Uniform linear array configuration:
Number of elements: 48
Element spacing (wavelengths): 0.25
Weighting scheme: kaiser
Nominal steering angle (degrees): -60
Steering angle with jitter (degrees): -60.362
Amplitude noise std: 0.05
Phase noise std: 0.05

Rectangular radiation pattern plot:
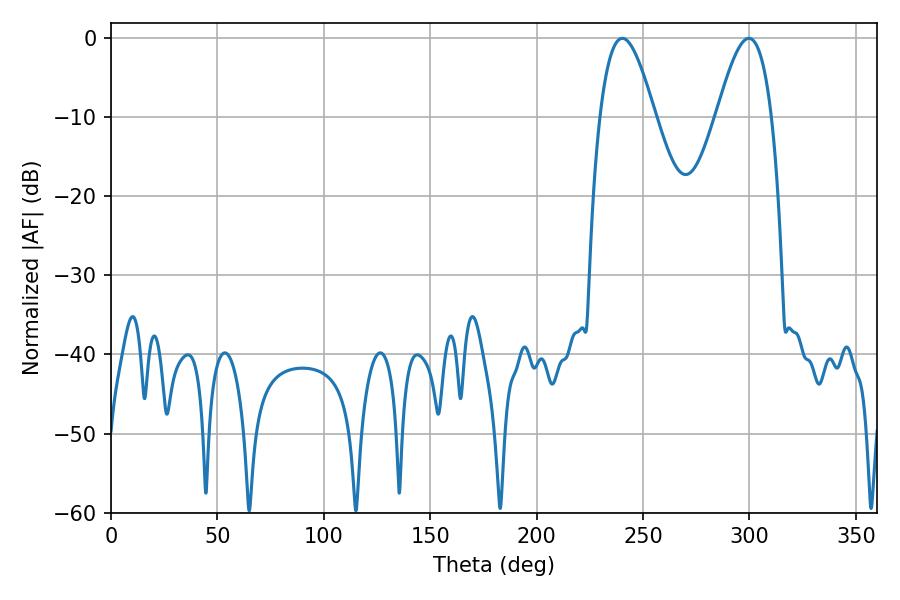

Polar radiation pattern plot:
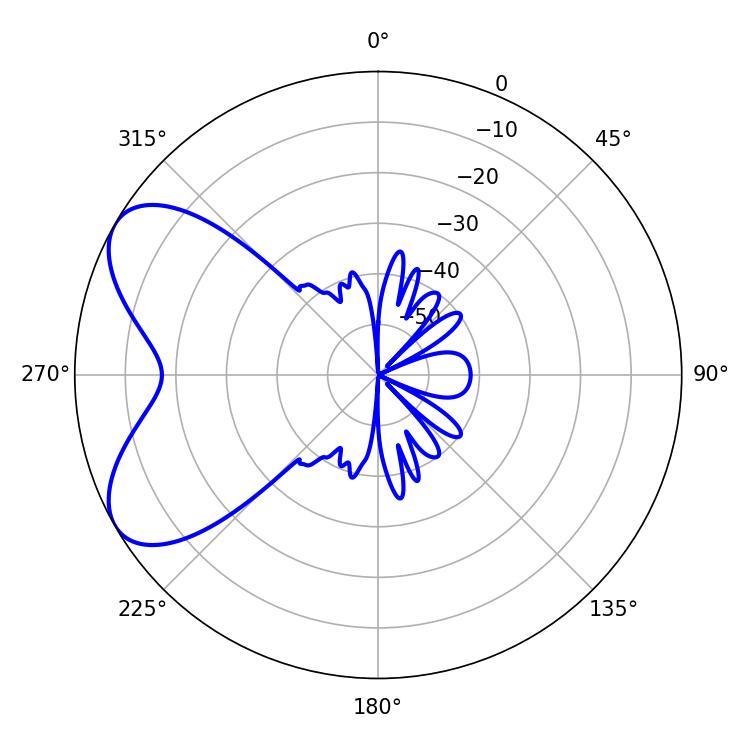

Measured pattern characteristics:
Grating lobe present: FALSE
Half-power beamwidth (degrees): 14.04
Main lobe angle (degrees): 240.3